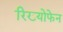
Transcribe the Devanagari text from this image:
रिख्योफेन